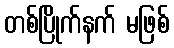
တစ်ပြိုက်နက် မဖြစ်